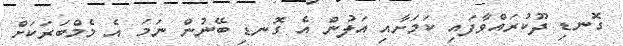
ގޮނޑި ދޫކުރައްވާފައި ކަމަށާއި އަލުން އެ ގޮނޑި ބޭނުން ނަމަ އެ މެމްބަރަކަށް